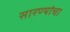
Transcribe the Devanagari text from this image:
सारण्यांचा